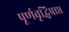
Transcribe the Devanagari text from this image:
पूर्णवृद्धिप्राप्त